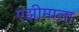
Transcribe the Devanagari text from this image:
एझीमाला